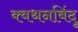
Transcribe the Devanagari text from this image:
क्वथनबिंदू